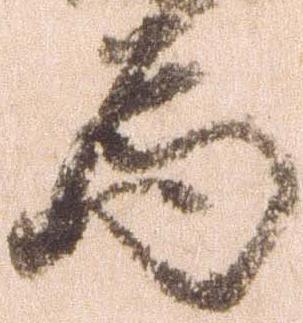
為